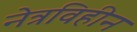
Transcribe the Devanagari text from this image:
नेत्रविहीन